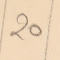
20